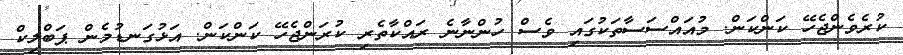
ކުރެވެންޖެހޭ ކަންކަން. މުއައްސަސާތަކުގައި ވެސް ހުންނާނެ ރައްކާތެރި ކުރަންޖެހޭ ކަންކަން. އަޅުގަނޑުމެން ޕަބްލިކް